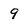
Character: 9